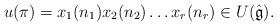
LaTeX: \begin{align*}u(\pi)= x_1(n_1)x_2(n_2)\dots x_r(n_r)\in U(\hat{\mathfrak{g}}).\end{align*}